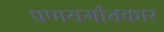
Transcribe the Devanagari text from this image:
प्रणयगीतकार